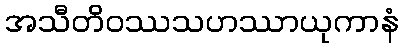
အသီတိဝဿသဟဿာယုကာနံ